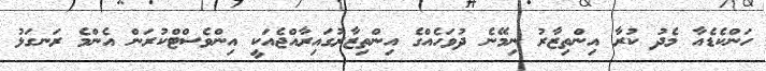
ހަންކެޑެއާ މެދު ކުރާ އިންތިޒާރު ނިމޭނެ ދުވަހެއްގެ އިންތިޒާރުގައިރާއްޖެއަކީ އިންވެސްޓްކުރަން އެންމެ ރަނގަޅު